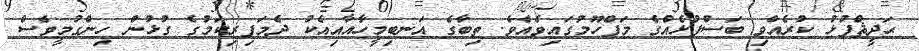
ޙަދީޘްފުޅު ކުރެއްވި ބަސްފުޅެއްގެ މަފްހޫމުގައިވެއެވެ. ތިބާގެ އަނބިމީހާއާއިއެކު ދެމަފިރިކަމުގެ ގުޅުން ހިންގުމީވެސް